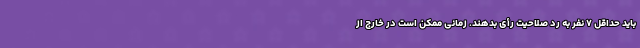
باید حداقل ۷ نفر به رد صلاحیت رأی بدهند. زمانی ممکن است در خارج از